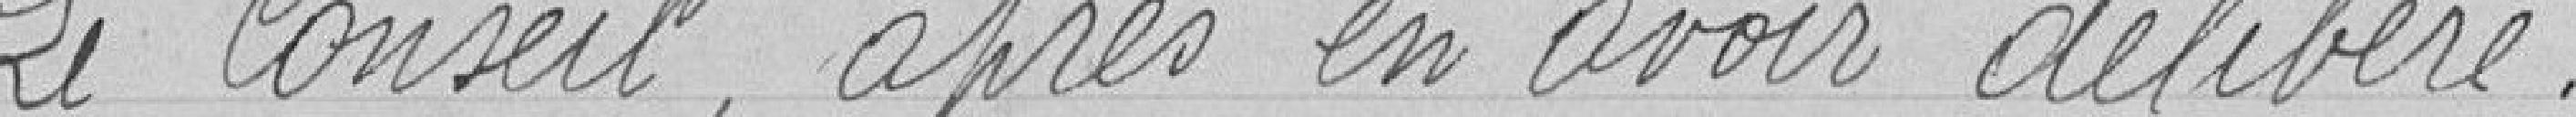
Le conseil, après en avoir délibéré